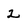
Character: 2